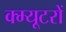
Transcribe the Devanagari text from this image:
क्म्यूटरों